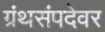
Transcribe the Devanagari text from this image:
ग्रंथसंपदेवर